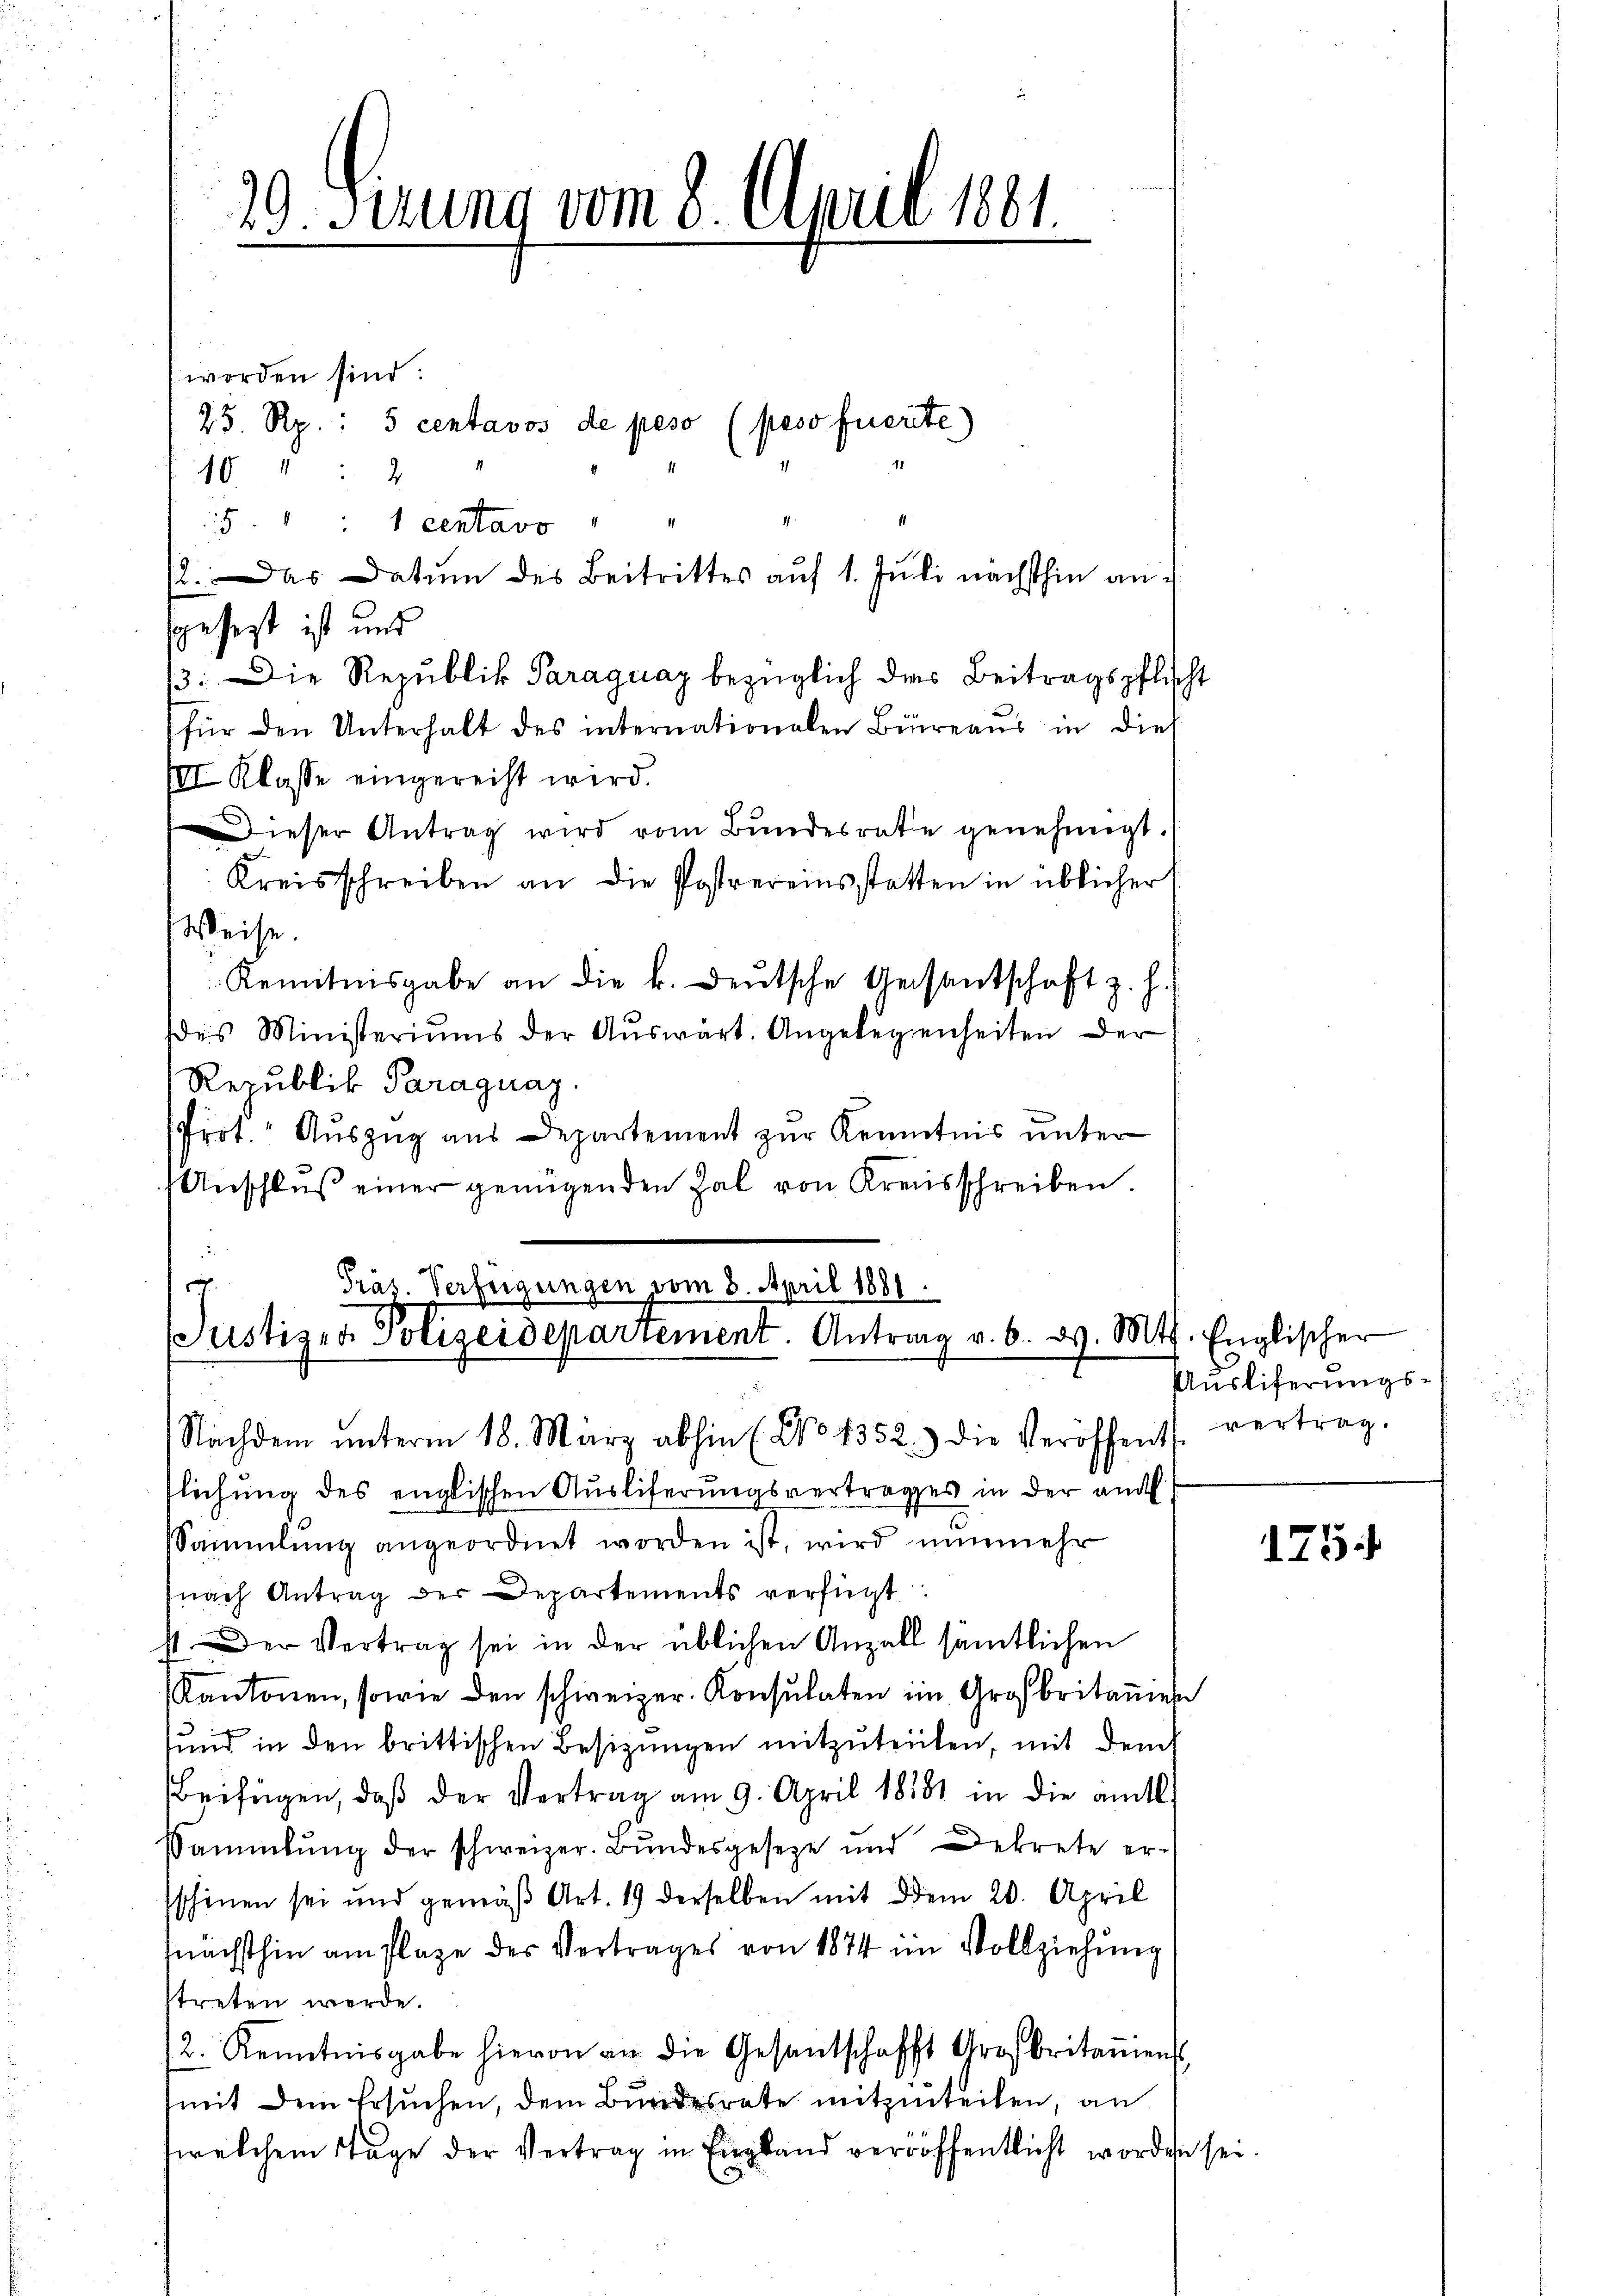
20. Ferung vom 8. April 1881.
.

worden sind:
40 " " 2
5 " " 1 centavo
gesetzt ist und
13. Die Republik Paraguay bezüglich das Beitragspflicht
(für den Unterhalt des internationalen Büreaus in dies
III Klasse eingerecht wird.
Dieser Antrag wird vom Bundesrate genehmigt.
Kreisschreiben an die Postvereinsstatten in üblicher
Weise.
Renntnisgabe an die k. deŭtsche Gesantschaft z. h.
des Ministeriums der Aŭswärt. Angelegenheiten der
Republik Paraguay.
Prot. Auszug aus Departement zur Kenntnis unter
Anschlŭβ einer genügenden Zal von Kreisschreiben.
a

25. Rp.: 5 centavos de peso (peso fuerite)

(2. Das Datum des Beitrittes auf 1. Juli nächsthin an¬

Präs. Verfügungen vom 8. April 1881.
Justizen Polizeidepartement. Antrag v. 6. d. Mts. Englischer

Nachdem ŭnterm 18. März abhin (No 1352) die Veröffentl. vertrag,
flichung des englischen Auslieferungsvertrages in der and
Sammlung angeordnet worden ist, wird nunmehr
(nach Antrag der Departements verfügt:
st. Der Vertrag sei in der üblichen Anzahl sämtlichen
Kantonen, sowie den schweizer. Konsulaten im Großbritanen
sund in den brittischen Besizungen mitzuteilen, mit dem
Beifügen, daβ der Vertrag am 9. April 1881 in die amtl
Sammlung der schweizer. Bŭndesgeseze und Dekrete er-
sschinen sei und gemäβ Art. 19 derselben mit dem 20. April
nächsthin am Plaze des Vertrages von 1874 im Vollziehung
ttreten werde.
2. Kenntnisgabe hievon an die Gesandschafft Argsbritanien,
(mit dem Ersuchen, dem Bundesrate mitzuteilen, an
twelchem Tage der Vertrag in England veröffentlicht worden sei

Ausliferungs¬

1754